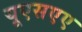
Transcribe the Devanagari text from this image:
यूएसएए